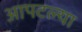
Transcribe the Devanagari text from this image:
आपटल्या